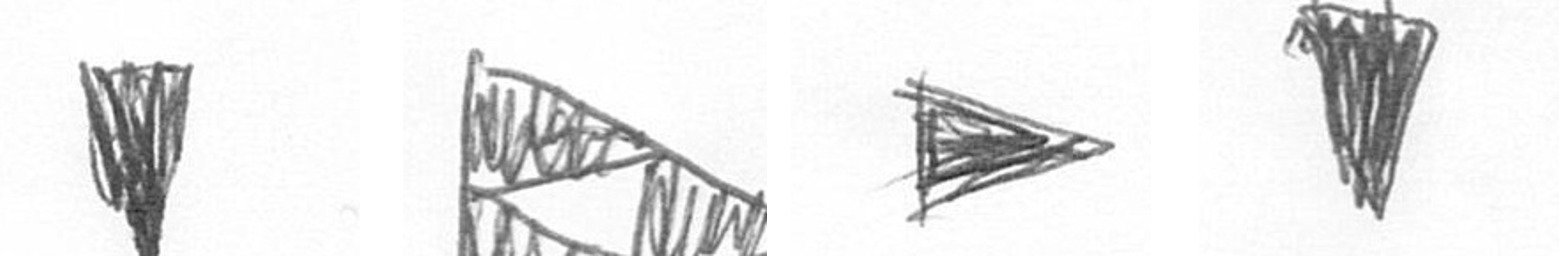
J K T J